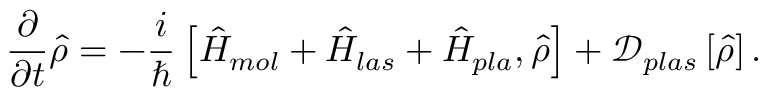
\frac { \partial } { \partial t } \hat { \rho } = - \frac { i } { \hbar } \left[ \hat { H } _ { m o l } + \hat { H } _ { l a s } + \hat { H } _ { p l a } , \hat { \rho } \right] + \mathcal { D } _ { p l a s } \left[ \hat { \rho } \right] .